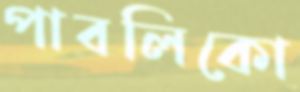
পাবলিকো